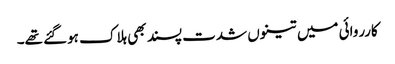
کارروائی میں تینوں شدت پسند بھی ہلاک ہوگئے تھے۔